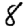
Digit: 8